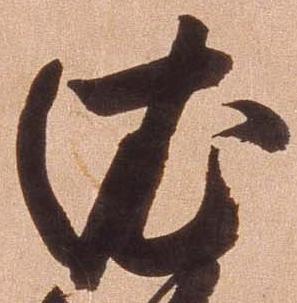
依